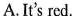
A.It's red.